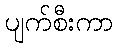
ပျက်စီးကာ